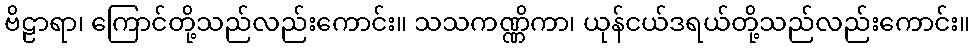
ဗိဠာရာ၊ ကြောင်တို့သည်လည်းကောင်း။ သသကဏ္ဏိကာ၊ ယုန်ငယ်ဒရယ်တို့သည်လည်းကောင်း။